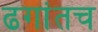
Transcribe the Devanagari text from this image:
ढगांतच